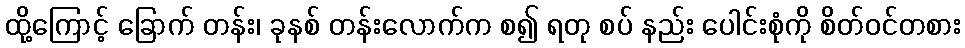
ထို့ကြောင့် ခြောက် တန်း၊ ခုနစ် တန်းလောက်က စ၍ ရတု စပ် နည်း ပေါင်းစုံကို စိတ်ဝင်တစား